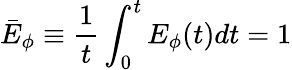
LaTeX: \bar{E}_{\phi}\equiv\frac 1t\int_{0}^{t}E_{\phi}(t)dt=1